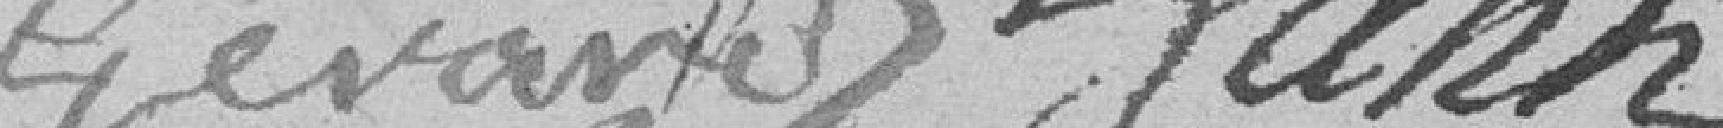
Gérard Hann